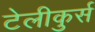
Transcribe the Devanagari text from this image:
टेलीकुर्स